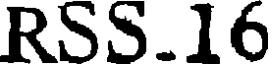
RSS.16